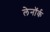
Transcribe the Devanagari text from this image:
लेनॉर्क